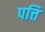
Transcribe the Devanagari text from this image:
पत्तिं